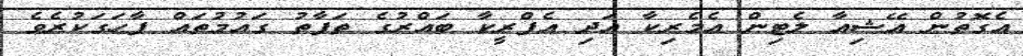
އެގޮތުން އޭޝިއާ ލެޓިން އެމެރިކާ އަދި އެފްރީކާ ބައްރުގެ ތަފާތު ގައުމުތައް ފާހަގަކުރެވެ